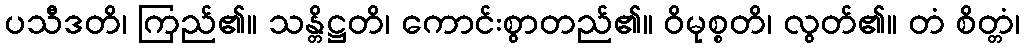
ပသီဒတိ၊ ကြည်၏။ သန္တိဋ္ဌတိ၊ ကောင်းစွာတည်၏။ ဝိမုစ္စတိ၊ လွတ်၏။ တံ စိတ္တံ၊